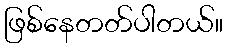
ဖြစ်နေတတ်ပါတယ်။